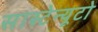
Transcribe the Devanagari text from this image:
सास्टेन्यूटो